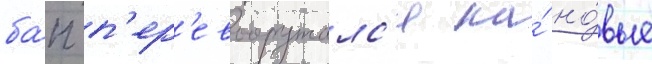
ба́п п'ер'евооружалс'я на́ но́вые